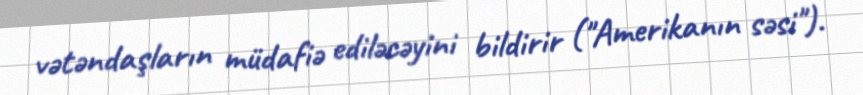
vətəndaşların müdafiə ediləcəyini bildirir ("Amerikanın səsi").